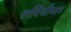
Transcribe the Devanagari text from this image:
लर्यिजीयाम